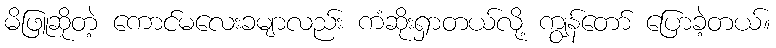
မိဖြူဆိုတဲ့ ကောင်မလေးခမျာလည်း ကံဆိုးရှာတယ်လို့ ကျွန်တော် ပြောခဲ့တယ်။